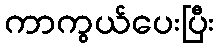
ကာကွယ်ပေးပြီး